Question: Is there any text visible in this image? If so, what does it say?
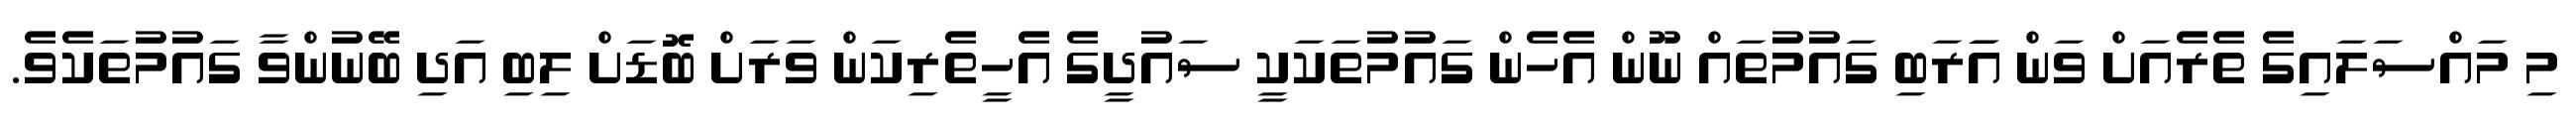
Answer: މި މައްސަލައިގެ ތެރެއަށް ވަން އަަރަބި ގައުމުތައް ނޫން އެހެން ގައުމުތަކަކީ ސައުދީގެ އެހީތެރިކަން ވަރަށް ބޮޑަށް ލިބި އަދި ބޭނުންވާ ގައުމުތަކެވެ.